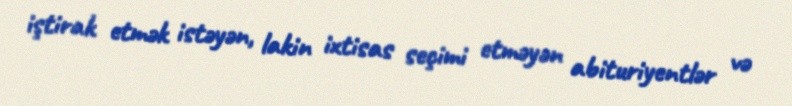
iştirak etmək istəyən, lakin ixtisas seçimi etməyən abituriyentlər və